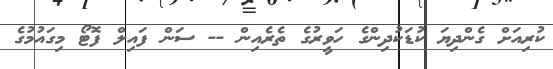
ކުރިއަށް ގެންދިޔަ ކުޑަކުދިންގެ ހަވީރުގެ ތެރެއިން -- ސަން ފައިލް ފޮޓޯ މިގައުމުގެ